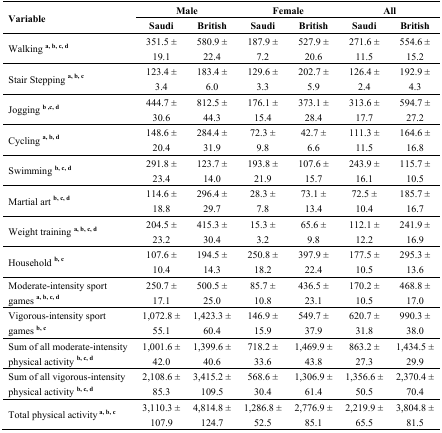
<table><thead><tr><td rowspan="2"><b>Variable</b></td><td colspan="2"><b>Male</b></td><td colspan="2"><b>Female</b></td><td colspan="2"><b>All</b></td></tr><tr><td><b>Saudi</b></td><td><b>British</b></td><td><b>Saudi</b></td><td><b>British</b></td><td><b>Saudi</b></td><td><b>British</b></td></tr></thead><tbody><tr><td>Walking <sup>a, b, c, d</sup></td><td>351.5 ± 19.1</td><td>580.9 ± 22.4</td><td>187.9 ± 7.2</td><td>527.9 ± 20.6</td><td>271.6 ± 11.5</td><td>554.6 ± 15.2</td></tr><tr><td>Stair Stepping <sup>a, b, c</sup></td><td>123.4 ± 3.4</td><td>183.4 ± 6.0</td><td>129.6 ± 3.3</td><td>202.7 ± 5.9</td><td>126.4 ± 2.4</td><td>192.9 ± 4.3</td></tr><tr><td>Jogging <sup>b ,c, d</sup></td><td>444.7 ± 30.6</td><td>812.5 ± 44.3</td><td>176.1 ± 15.4</td><td>373.1 ± 28.4</td><td>313.6 ± 17.7</td><td>594.7 ± 27.2</td></tr><tr><td>Cycling <sup>a, b, d</sup></td><td>148.6 ± 20.4</td><td>284.4 ± 31.9</td><td>72.3 ± 9.8</td><td>42.7 ± 6.6</td><td>111.3 ± 11.5</td><td>164.6 ± 16.8</td></tr><tr><td>Swimming <sup>b, c, d</sup></td><td>291.8 ± 23.4</td><td>123.7 ± 14.0</td><td>193.8 ± 21.9</td><td>107.6 ± 15.7</td><td>243.9 ± 16.1</td><td>115.7 ± 10.5</td></tr><tr><td>Martial art <sup>b, c, d</sup></td><td>114.6 ± 18.8</td><td>296.4 ± 29.7</td><td>28.3 ± 7.8</td><td>73.1 ± 13.4</td><td>72.5 ± 10.4</td><td>185.7 ± 16.7</td></tr><tr><td>Weight training <sup>a, b, c, d</sup></td><td>204.5 ± 23.2</td><td>415.3 ± 30.4</td><td>15.3 ± 3.2</td><td>65.6 ± 9.8</td><td>112.1 ± 12.2</td><td>241.9 ± 16.9</td></tr><tr><td>Household <sup>b, c</sup></td><td>107.6 ± 10.4</td><td>194.5 ± 14.3</td><td>250.8 ± 18.2</td><td>397.9 ± 22.4</td><td>177.5 ± 10.5</td><td>295.3 ± 13.6</td></tr><tr><td>Moderate-intensity sport games <sup>a, b, c, d</sup></td><td>250.7 ± 17.1</td><td>500.5 ± 25.0</td><td>85.7 ± 10.8</td><td>436.5 ± 23.1</td><td>170.2 ± 10.5</td><td>468.8 ± 17.0</td></tr><tr><td>Vigorous-intensity sport games <sup>b, c</sup></td><td>1,072.8 ± 55.1</td><td>1,423.3 ± 60.4</td><td>146.9 ± 15.9</td><td>549.7 ± 37.9</td><td>620.7 ± 31.8</td><td>990.3 ± 38.0</td></tr><tr><td>Sum of all moderate-intensity physical activity <sup>b, c, d</sup></td><td>1,001.6 ± 42.0</td><td>1,399.6 ± 40.6</td><td>718.2 ± 33.6</td><td>1,469.9 ± 43.8</td><td>863.2 ± 27.3</td><td>1,434.5 ± 29.9</td></tr><tr><td>Sum of all vigorous-intensity physical activity <sup>b, c, d</sup></td><td>2,108.6 ± 85.3</td><td>3,415.2 ± 109.5</td><td>568.6 ± 30.4</td><td>1,306.9 ± 61.4</td><td>1,356.6 ± 50.5</td><td>2,370.4 ± 70.4</td></tr><tr><td>Total physical activity <sup> a, b, c</sup></td><td>3,110.3 ± 107.9</td><td>4,814.8 ± 124.7</td><td>1,286.8 ± 52.5</td><td>2,776.9 ± 85.1</td><td>2,219.9 ± 65.5</td><td>3,804.8 ± 81.5</td></tr></tbody></table>